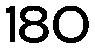
180